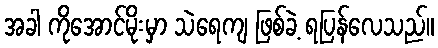
အခါ ကိုအောင်မိုးမှာ သဲရေကျ ဖြစ်ခဲ့ ရပြန်လေသည်။